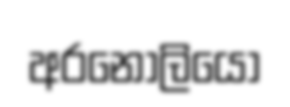
අරනෝලියො